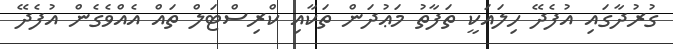
ގުރުދާގައި އުފެދޭ ހިލައަކީ ތަފާތު މަޢުދަން ތަކާއި ކްރިސްޓަލް ތައް އެއްވެގެން އުފެދޭ